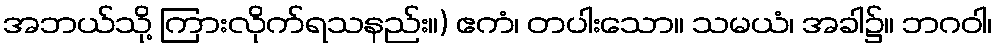
အဘယ်သို့ ကြားလိုက်ရသနည်း။) ဧကံ၊ တပါးသော။ သမယံ၊ အခါ၌။ ဘဂဝါ၊